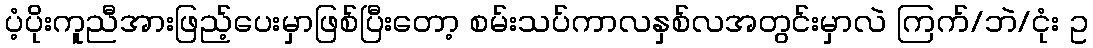
ပံ့ပိုးကူညီအားဖြည့်ပေးမှာဖြစ်ပြီးတော့ စမ်းသပ်ကာလနှစ်လအတွင်းမှာလဲ ကြက်/ဘဲ/ငုံး ဥ